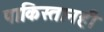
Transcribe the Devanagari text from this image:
पाकिस्तानही